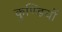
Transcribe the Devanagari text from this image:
कुण्डियों